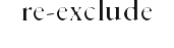
re-exclude